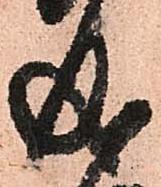
成